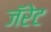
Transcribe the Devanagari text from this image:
जॅरेट